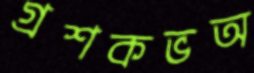
গ্রশকভঅ